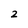
Character: 2